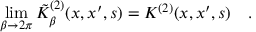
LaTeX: \operatorname * { l i m } _ { \beta \rightarrow 2 \pi } \tilde { K } _ { \beta } ^ { ( 2 ) } ( x , x ^ { \prime } , s ) = K ^ { ( 2 ) } ( x , x ^ { \prime } , s ) ~ ~ ~ .